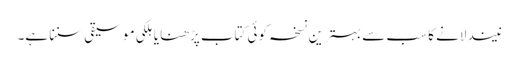
نیند لانے کا سب سے بہترین نسخہ کوئی کتاب پڑھنا یا ہلکی موسیقی سننا ہے۔